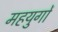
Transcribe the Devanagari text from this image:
महयुगों